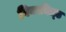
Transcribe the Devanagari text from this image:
विनफ़ील्‌ड